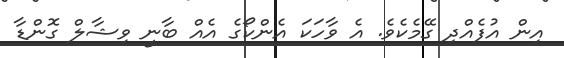
އިން އުފެއްދި ގޭމެކެވެ. އެ ވާހަކަ އެންކޯގެ އެއް ބާނީ ވިޝާލް ގޮންޑާ